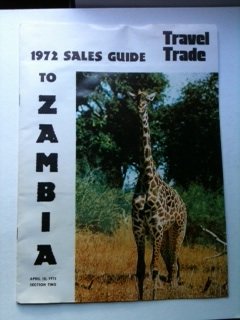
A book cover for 1972 Travel Trade Sales Guide To Zambia April 10, 1972 Section Two; Joel M editor Abels; Travel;